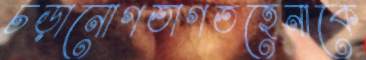
চড়ানোগতাগতহেনাকে